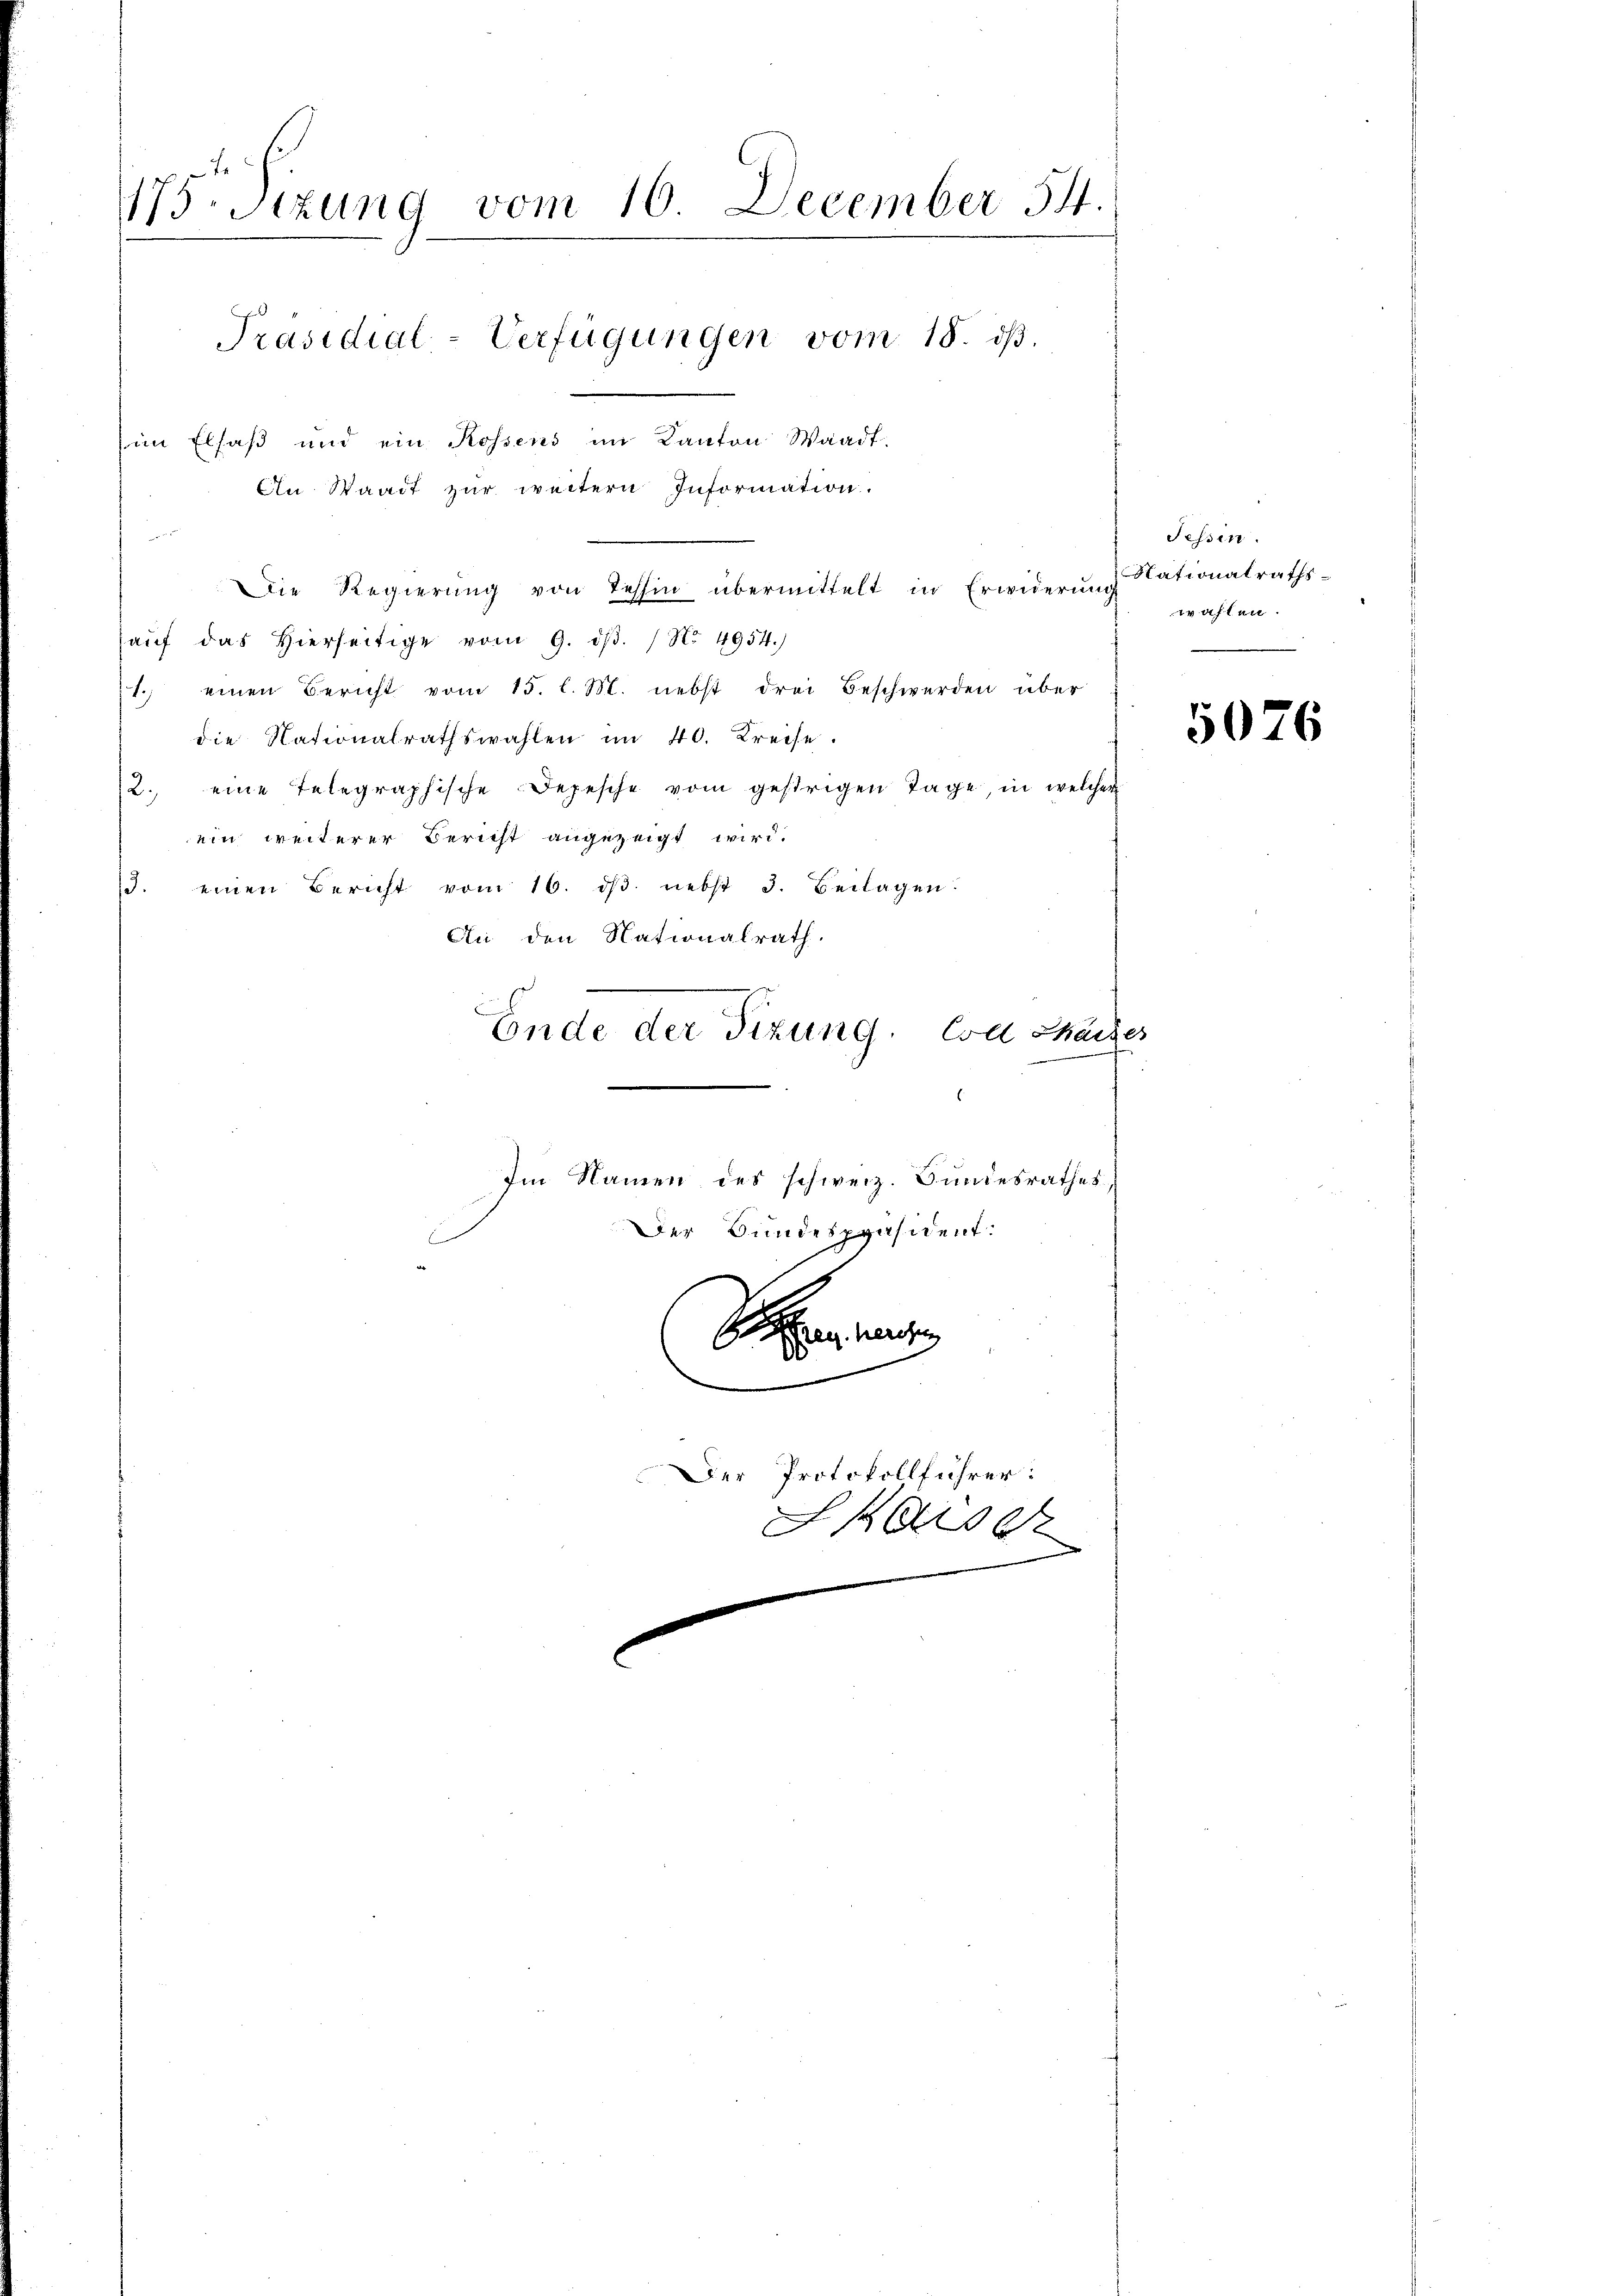
75Stzung vom 16 December 54
Präsidial-Verfügungen vom 18. ds.
im Elsaß und ein Rossens im Kanton Waadt.

An Staadt zur weitern Information.

Die Regierung von Tessin übermittelt in Erwiderung
auf das Hierseitige vom 9. dβ. / No 4954.)
1. einen Bericht vom 15. l. M. nebst drei Beschwerden über
die Nationalrathswahlen im 40. Kreise.
2. eine Telegraphische Depesche vom gestrigen Tage in welcher
ein weiterer Bericht angezeigt wird.
3. einen Bericht vom 16. dβ. nebst 3. Beilagen
An den Nationalrath.
Ende der Tizung. Esel Sache.

Im Namen des schweiz. Bundesrathes,
Der Bundespräsident:
b
.
Der Protokollführer:
Ske

Tessin.
Nationalrathswahlen.

5076